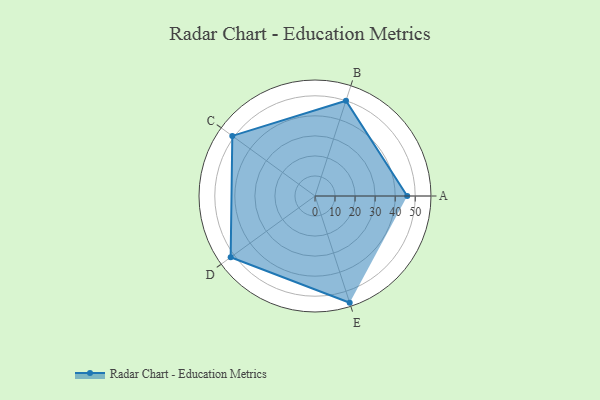
{"axis": {"x": "Skill", "y": "Score"}, "legend": ["Profile"], "data": [{"x": "A", "y": 46.0, "type": "Profile"}, {"x": "B", "y": 50.0, "type": "Profile"}, {"x": "C", "y": 51.0, "type": "Profile"}, {"x": "D", "y": 52.0, "type": "Profile"}, {"x": "E", "y": 56.0, "type": "Profile"}]}